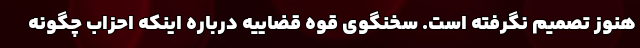
هنوز تصمیم نگرفته است. سخنگوی قوه قضاییه درباره اینکه احزاب چگونه